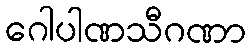
ဂေါပါဏသီဂဏာ